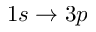
1 s \rightarrow 3 p